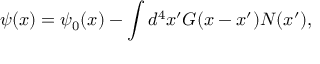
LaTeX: \psi ( x ) = \psi _ { 0 } ( x ) - \int d ^ { 4 } x ^ { \prime } G ( x - x ^ { \prime } ) { \cal N } ( x ^ { \prime } ) ,